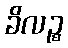
ခိလဉ္စ